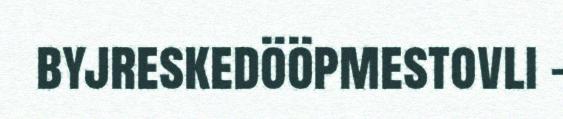
byjreskedööpmestovli –